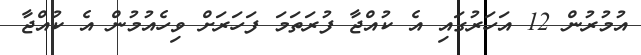
އުމުރުން 12 އަހަރުގައި އެ ކުއްޖާ ފުރަތަމަ ފަހަރަށް ވިހެއުމުން އެ ކުއްޖާ